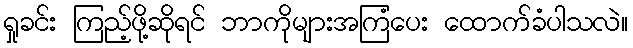
ရှုခင်း ကြည့်ဖို့ဆိုရင် ဘာကိုများအကြံပေး ထောက်ခံပါသလဲ။